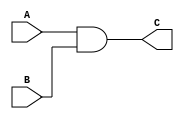
module and_operation #(parameter N=32) (input [N-1:0] A, B, output [N-1:0] C);
    
    assign C = A & B;
endmodule

module or_operation #(parameter N=32) (input [N-1:0] A, B, output [N-1:0] C);
    
    assign C = A | B;
endmodule